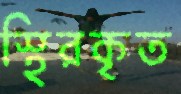
স্থিরকৃত